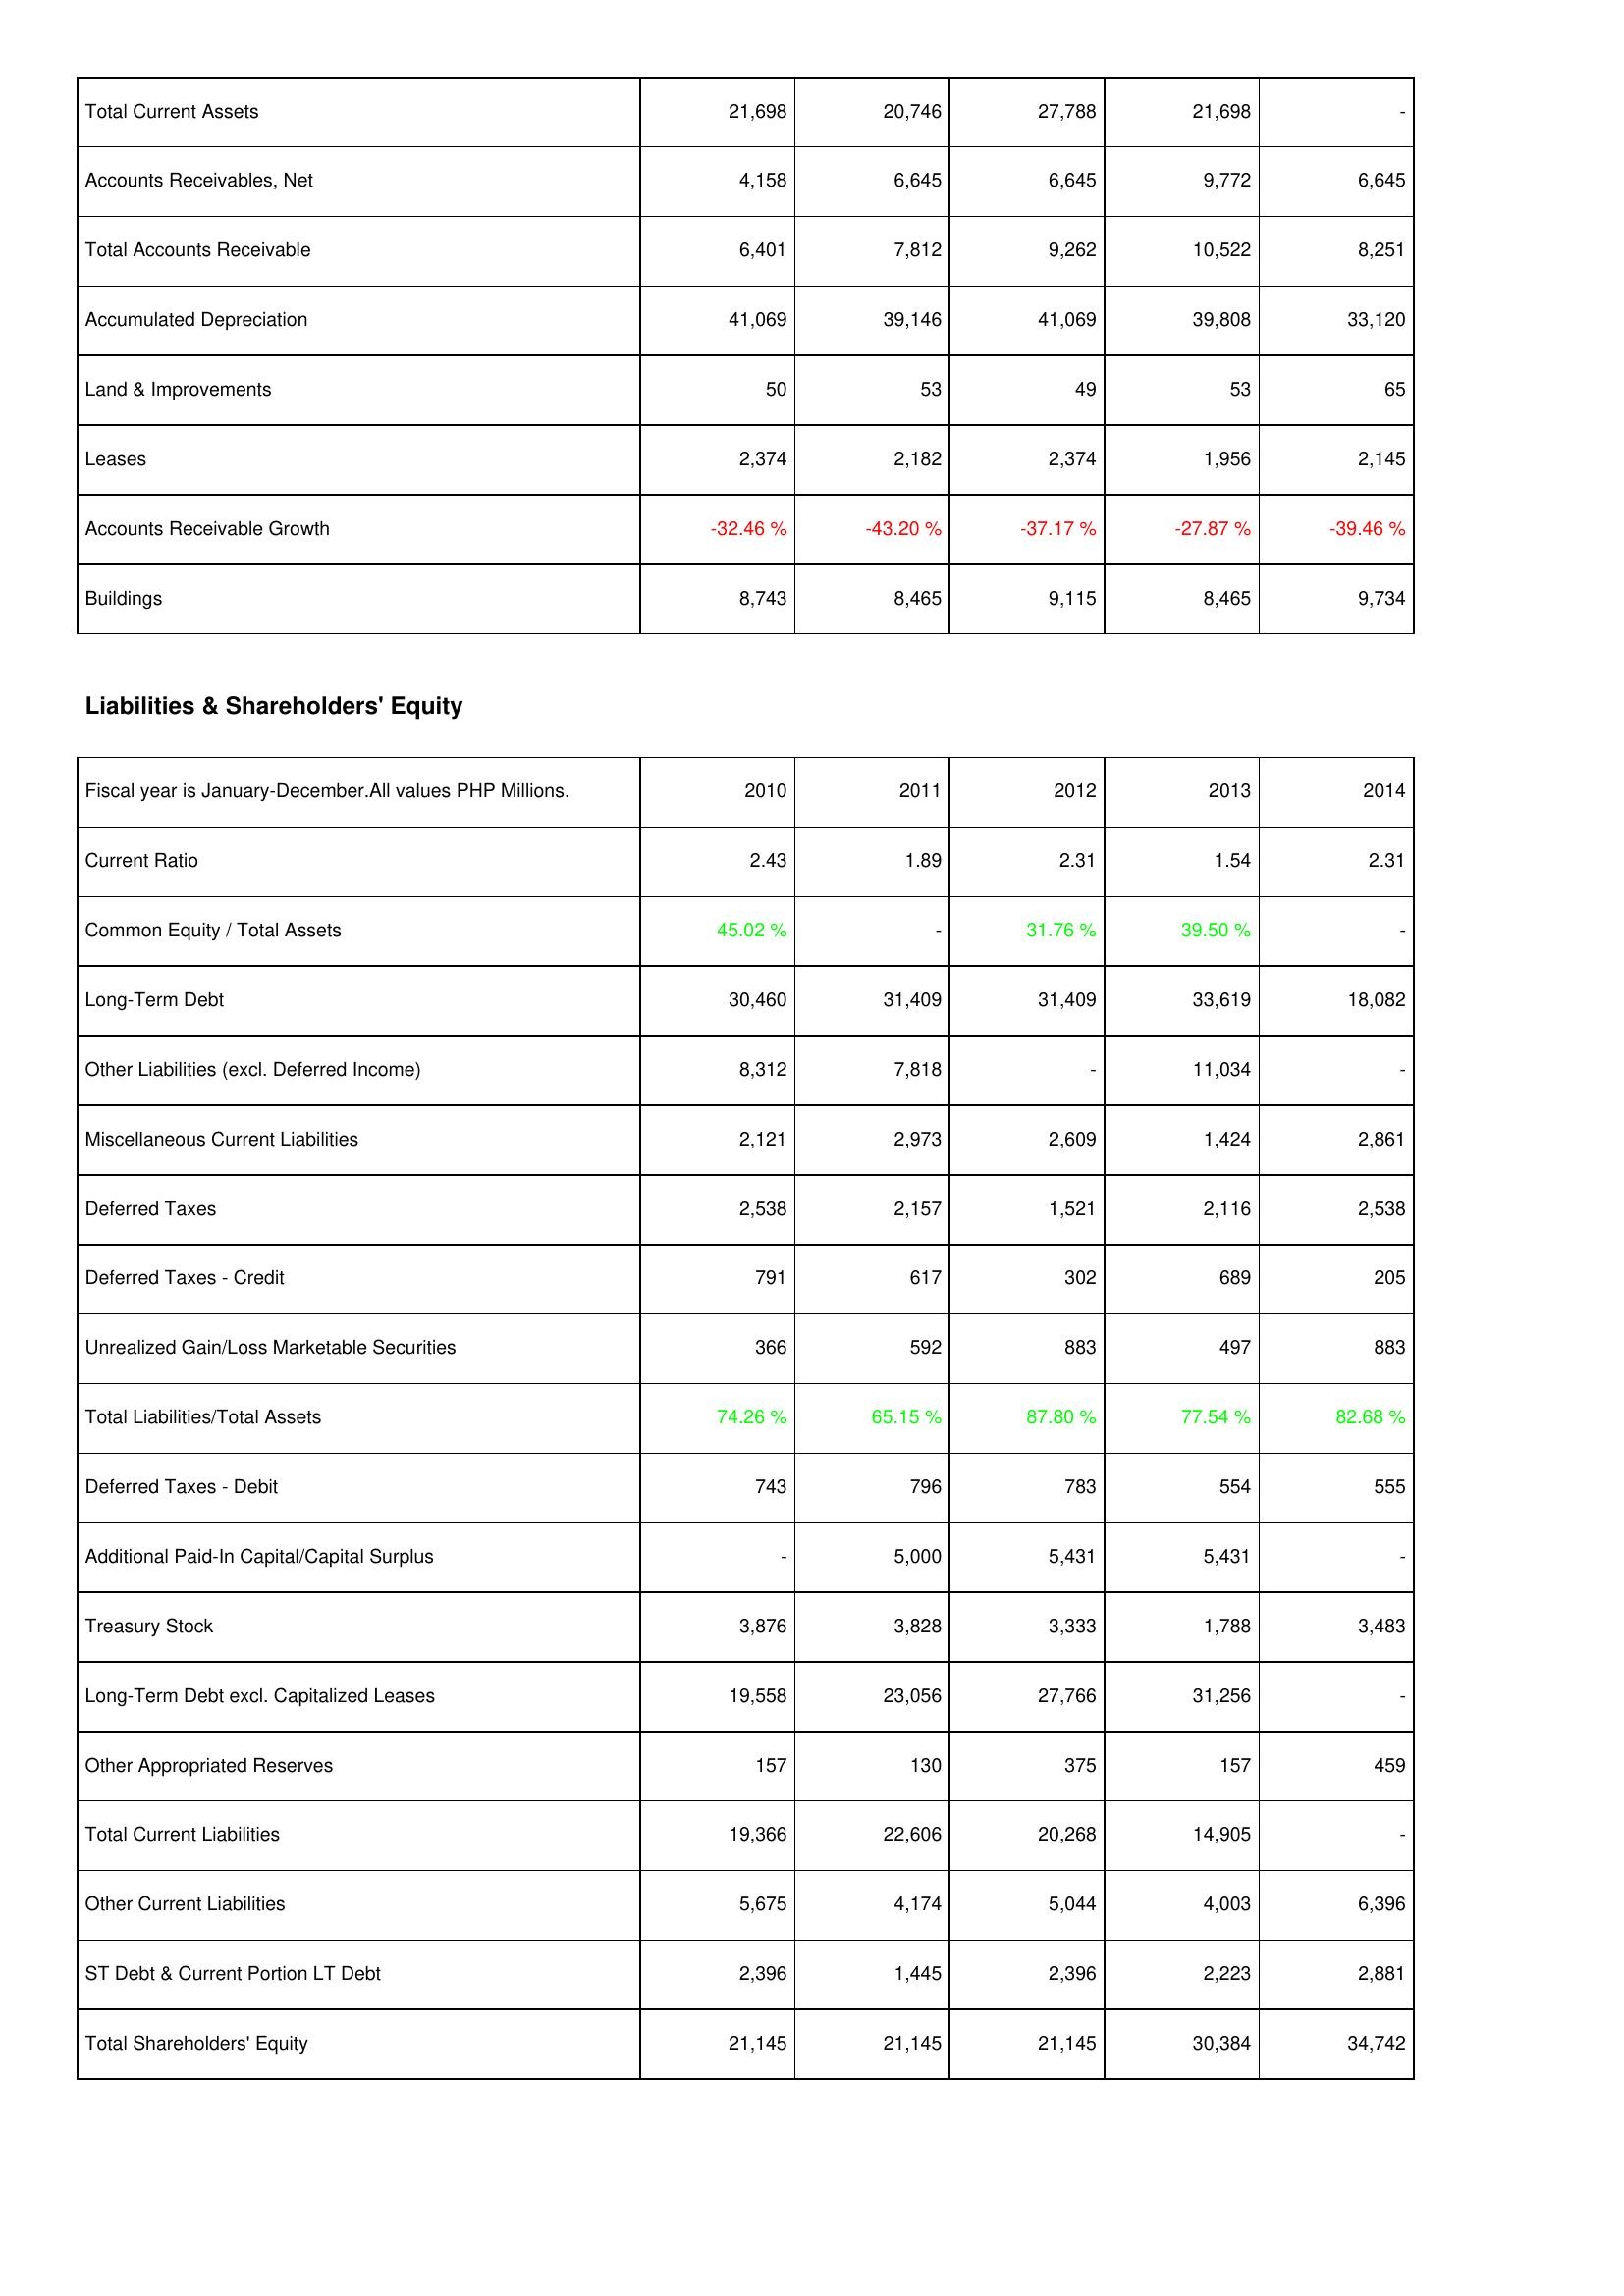
2010: Assets: Total Current Assets: 21,698
Accounts Receivables, Net: 4,158
Total Accounts Receivable: 6,401
Accumulated Depreciation: 41,069
Land & Improvements: 50
Leases: 2,374
Accounts Receivable Growth: -32.46 %
Buildings: 8,743
Liabilities & Shareholders' Equity: Current Ratio: 2.43
Common Equity / Total Assets: 45.02 %
Long-Term Debt: 30,460
Other Liabilities (excl. Deferred Income): 8,312
Miscellaneous Current Liabilities: 2,121
Deferred Taxes: 2,538
Deferred Taxes - Credit: 791
Unrealized Gain/Loss Marketable Securities: 366
Total Liabilities/Total Assets: 74.26 %
Deferred Taxes - Debit: 743
Additional Paid-In Capital/Capital Surplus: -
Treasury Stock: 3,876
Long-Term Debt excl. Capitalized Leases: 19,558
Other Appropriated Reserves: 157
Total Current Liabilities: 19,366
Other Current Liabilities: 5,675
ST Debt & Current Portion LT Debt: 2,396
Total Shareholders' Equity: 21,145
2011: Assets: Total Current Assets: 20,746
Accounts Receivables, Net: 6,645
Total Accounts Receivable: 7,812
Accumulated Depreciation: 39,146
Land & Improvements: 53
Leases: 2,182
Accounts Receivable Growth: -43.20 %
Buildings: 8,465
Liabilities & Shareholders' Equity: Current Ratio: 1.89
Common Equity / Total Assets: -
Long-Term Debt: 31,409
Other Liabilities (excl. Deferred Income): 7,818
Miscellaneous Current Liabilities: 2,973
Deferred Taxes: 2,157
Deferred Taxes - Credit: 617
Unrealized Gain/Loss Marketable Securities: 592
Total Liabilities/Total Assets: 65.15 %
Deferred Taxes - Debit: 796
Additional Paid-In Capital/Capital Surplus: 5,000
Treasury Stock: 3,828
Long-Term Debt excl. Capitalized Leases: 23,056
Other Appropriated Reserves: 130
Total Current Liabilities: 22,606
Other Current Liabilities: 4,174
ST Debt & Current Portion LT Debt: 1,445
Total Shareholders' Equity: 21,145
2012: Assets: Total Current Assets: 27,788
Accounts Receivables, Net: 6,645
Total Accounts Receivable: 9,262
Accumulated Depreciation: 41,069
Land & Improvements: 49
Leases: 2,374
Accounts Receivable Growth: -37.17 %
Buildings: 9,115
Liabilities & Shareholders' Equity: Current Ratio: 2.31
Common Equity / Total Assets: 31.76 %
Long-Term Debt: 31,409
Other Liabilities (excl. Deferred Income): -
Miscellaneous Current Liabilities: 2,609
Deferred Taxes: 1,521
Deferred Taxes - Credit: 302
Unrealized Gain/Loss Marketable Securities: 883
Total Liabilities/Total Assets: 87.80 %
Deferred Taxes - Debit: 783
Additional Paid-In Capital/Capital Surplus: 5,431
Treasury Stock: 3,333
Long-Term Debt excl. Capitalized Leases: 27,766
Other Appropriated Reserves: 375
Total Current Liabilities: 20,268
Other Current Liabilities: 5,044
ST Debt & Current Portion LT Debt: 2,396
Total Shareholders' Equity: 21,145
2013: Assets: Total Current Assets: 21,698
Accounts Receivables, Net: 9,772
Total Accounts Receivable: 10,522
Accumulated Depreciation: 39,808
Land & Improvements: 53
Leases: 1,956
Accounts Receivable Growth: -27.87 %
Buildings: 8,465
Liabilities & Shareholders' Equity: Current Ratio: 1.54
Common Equity / Total Assets: 39.50 %
Long-Term Debt: 33,619
Other Liabilities (excl. Deferred Income): 11,034
Miscellaneous Current Liabilities: 1,424
Deferred Taxes: 2,116
Deferred Taxes - Credit: 689
Unrealized Gain/Loss Marketable Securities: 497
Total Liabilities/Total Assets: 77.54 %
Deferred Taxes - Debit: 554
Additional Paid-In Capital/Capital Surplus: 5,431
Treasury Stock: 1,788
Long-Term Debt excl. Capitalized Leases: 31,256
Other Appropriated Reserves: 157
Total Current Liabilities: 14,905
Other Current Liabilities: 4,003
ST Debt & Current Portion LT Debt: 2,223
Total Shareholders' Equity: 30,384
2014: Assets: Total Current Assets: -
Accounts Receivables, Net: 6,645
Total Accounts Receivable: 8,251
Accumulated Depreciation: 33,120
Land & Improvements: 65
Leases: 2,145
Accounts Receivable Growth: -39.46 %
Buildings: 9,734
Liabilities & Shareholders' Equity: Current Ratio: 2.31
Common Equity / Total Assets: -
Long-Term Debt: 18,082
Other Liabilities (excl. Deferred Income): -
Miscellaneous Current Liabilities: 2,861
Deferred Taxes: 2,538
Deferred Taxes - Credit: 205
Unrealized Gain/Loss Marketable Securities: 883
Total Liabilities/Total Assets: 82.68 %
Deferred Taxes - Debit: 555
Additional Paid-In Capital/Capital Surplus: -
Treasury Stock: 3,483
Long-Term Debt excl. Capitalized Leases: -
Other Appropriated Reserves: 459
Total Current Liabilities: -
Other Current Liabilities: 6,396
ST Debt & Current Portion LT Debt: 2,881
Total Shareholders' Equity: 34,742